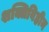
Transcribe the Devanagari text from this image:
शक्तिविहीन